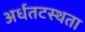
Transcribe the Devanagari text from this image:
अर्धतटस्थता